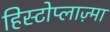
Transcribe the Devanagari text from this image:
हिस्टोप्लाज़्मा